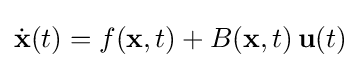
{\dot {\mathbf {x} }}(t)=f(\mathbf {x} ,t)+B(\mathbf {x} ,t)\,\mathbf {u} (t)